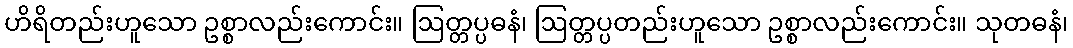
ဟိရိတည်းဟူသော ဥစ္စာလည်းကောင်း။ ဩတ္တပ္ပဓနံ၊ ဩတ္တပ္ပတည်းဟူသော ဥစ္စာလည်းကောင်း။ သုတဓနံ၊